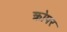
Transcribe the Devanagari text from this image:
क्रोपर